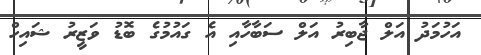
އަހުމަދު އަލް ޖާބިރު އަލް ސަބާހާއި އެ ގައުމުގެ ބޮޑު ވަޒީރު ޝައިހް